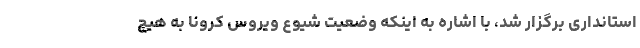
استانداری برگزار شد، با اشاره به اینکه وضعیت شیوع ویروس کرونا به هیچ